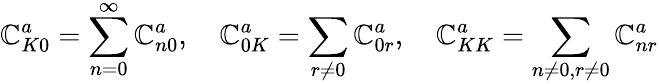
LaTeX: \mathbb{C}_{K0}^{a}=\displaystyle\sum_{n=0}^{\infty}\mathbb{C}_{n0}^{a},\quad\mathbb{C}_{0K}^{a}=\displaystyle\sum_{r\neq0}\mathbb{C}_{0r}^{a},\quad\mathbb{C}_{KK}^{a}=\sum_{n\neq0,r\neq0}\mathbb{C}_{nr}^{a}